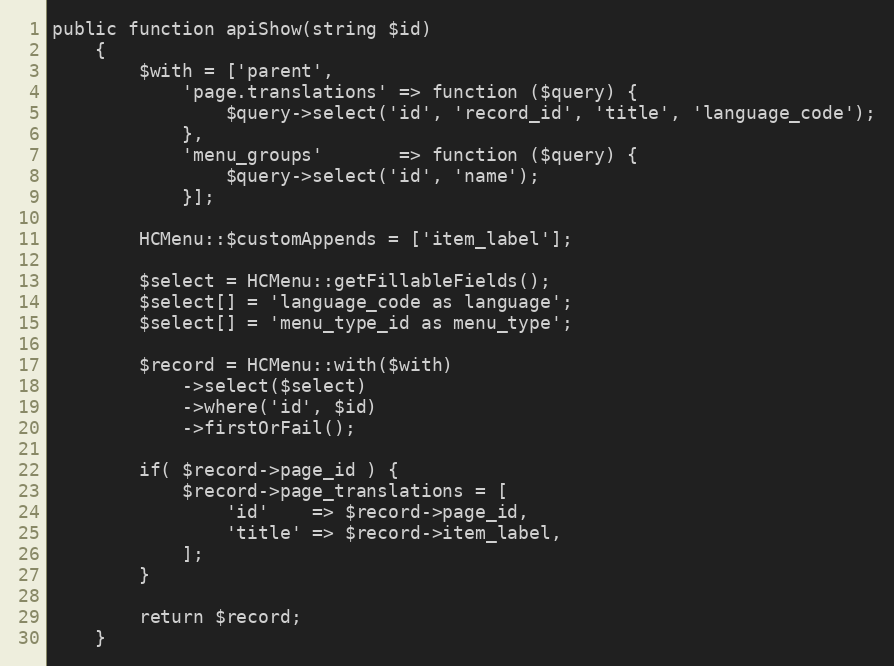
Language: PHP
public function apiShow(string $id)
    {
        $with = ['parent',
            'page.translations' => function ($query) {
                $query->select('id', 'record_id', 'title', 'language_code');
            },
            'menu_groups'       => function ($query) {
                $query->select('id', 'name');
            }];

        HCMenu::$customAppends = ['item_label'];

        $select = HCMenu::getFillableFields();
        $select[] = 'language_code as language';
        $select[] = 'menu_type_id as menu_type';

        $record = HCMenu::with($with)
            ->select($select)
            ->where('id', $id)
            ->firstOrFail();

        if( $record->page_id ) {
            $record->page_translations = [
                'id'    => $record->page_id,
                'title' => $record->item_label,
            ];
        }

        return $record;
    }